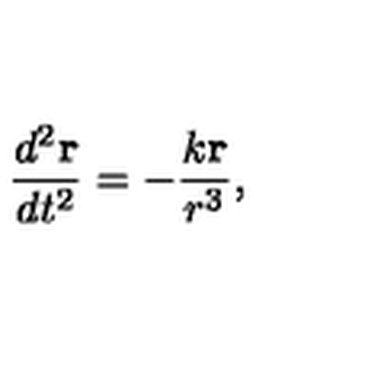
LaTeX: \frac { d ^ { 2 } { \bf r } } { d t ^ { 2 } } = - \frac { k { \bf r } } { r ^ { 3 } } ,